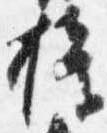
権